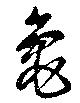
亀